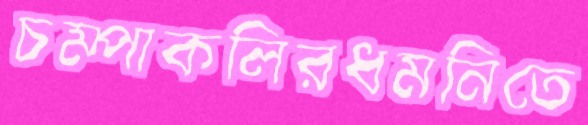
চম্পাকলিরধমনিতে